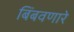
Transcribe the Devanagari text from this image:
बिंबवणारे